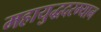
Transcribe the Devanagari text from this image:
महायुद्धदरम्यान